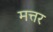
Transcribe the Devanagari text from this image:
मत्तर